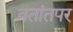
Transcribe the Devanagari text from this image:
व्रतांतपर